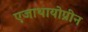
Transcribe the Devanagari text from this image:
एजाथायोप्रीन